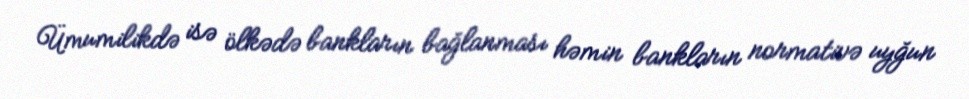
Ümumilikdə isə ölkədə bankların bağlanması həmin bankların normativə uyğun